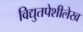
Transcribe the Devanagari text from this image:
विद्युतपेशीलेख